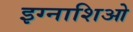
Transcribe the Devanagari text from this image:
इग्नाशिओ